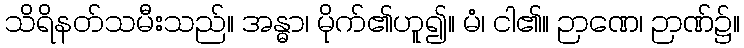
သိရိနတ်သမီးသည်။ အန္ဓာ၊ မိုက်၏ဟူ၍။ မံ၊ ငါ၏။ ဉာဏေ၊ ဉာဏ်၌။